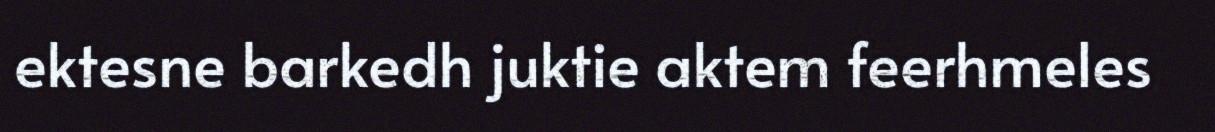
ektesne barkedh juktie aktem feerhmeles